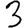
Digit: 3